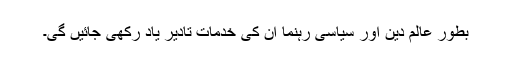
بطور عالم دین اور سیاسی رہنما ان کی خدمات تادیر یاد رکھی جائیں گی۔